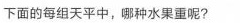
下面的每组天平中，哪种水果重呢?